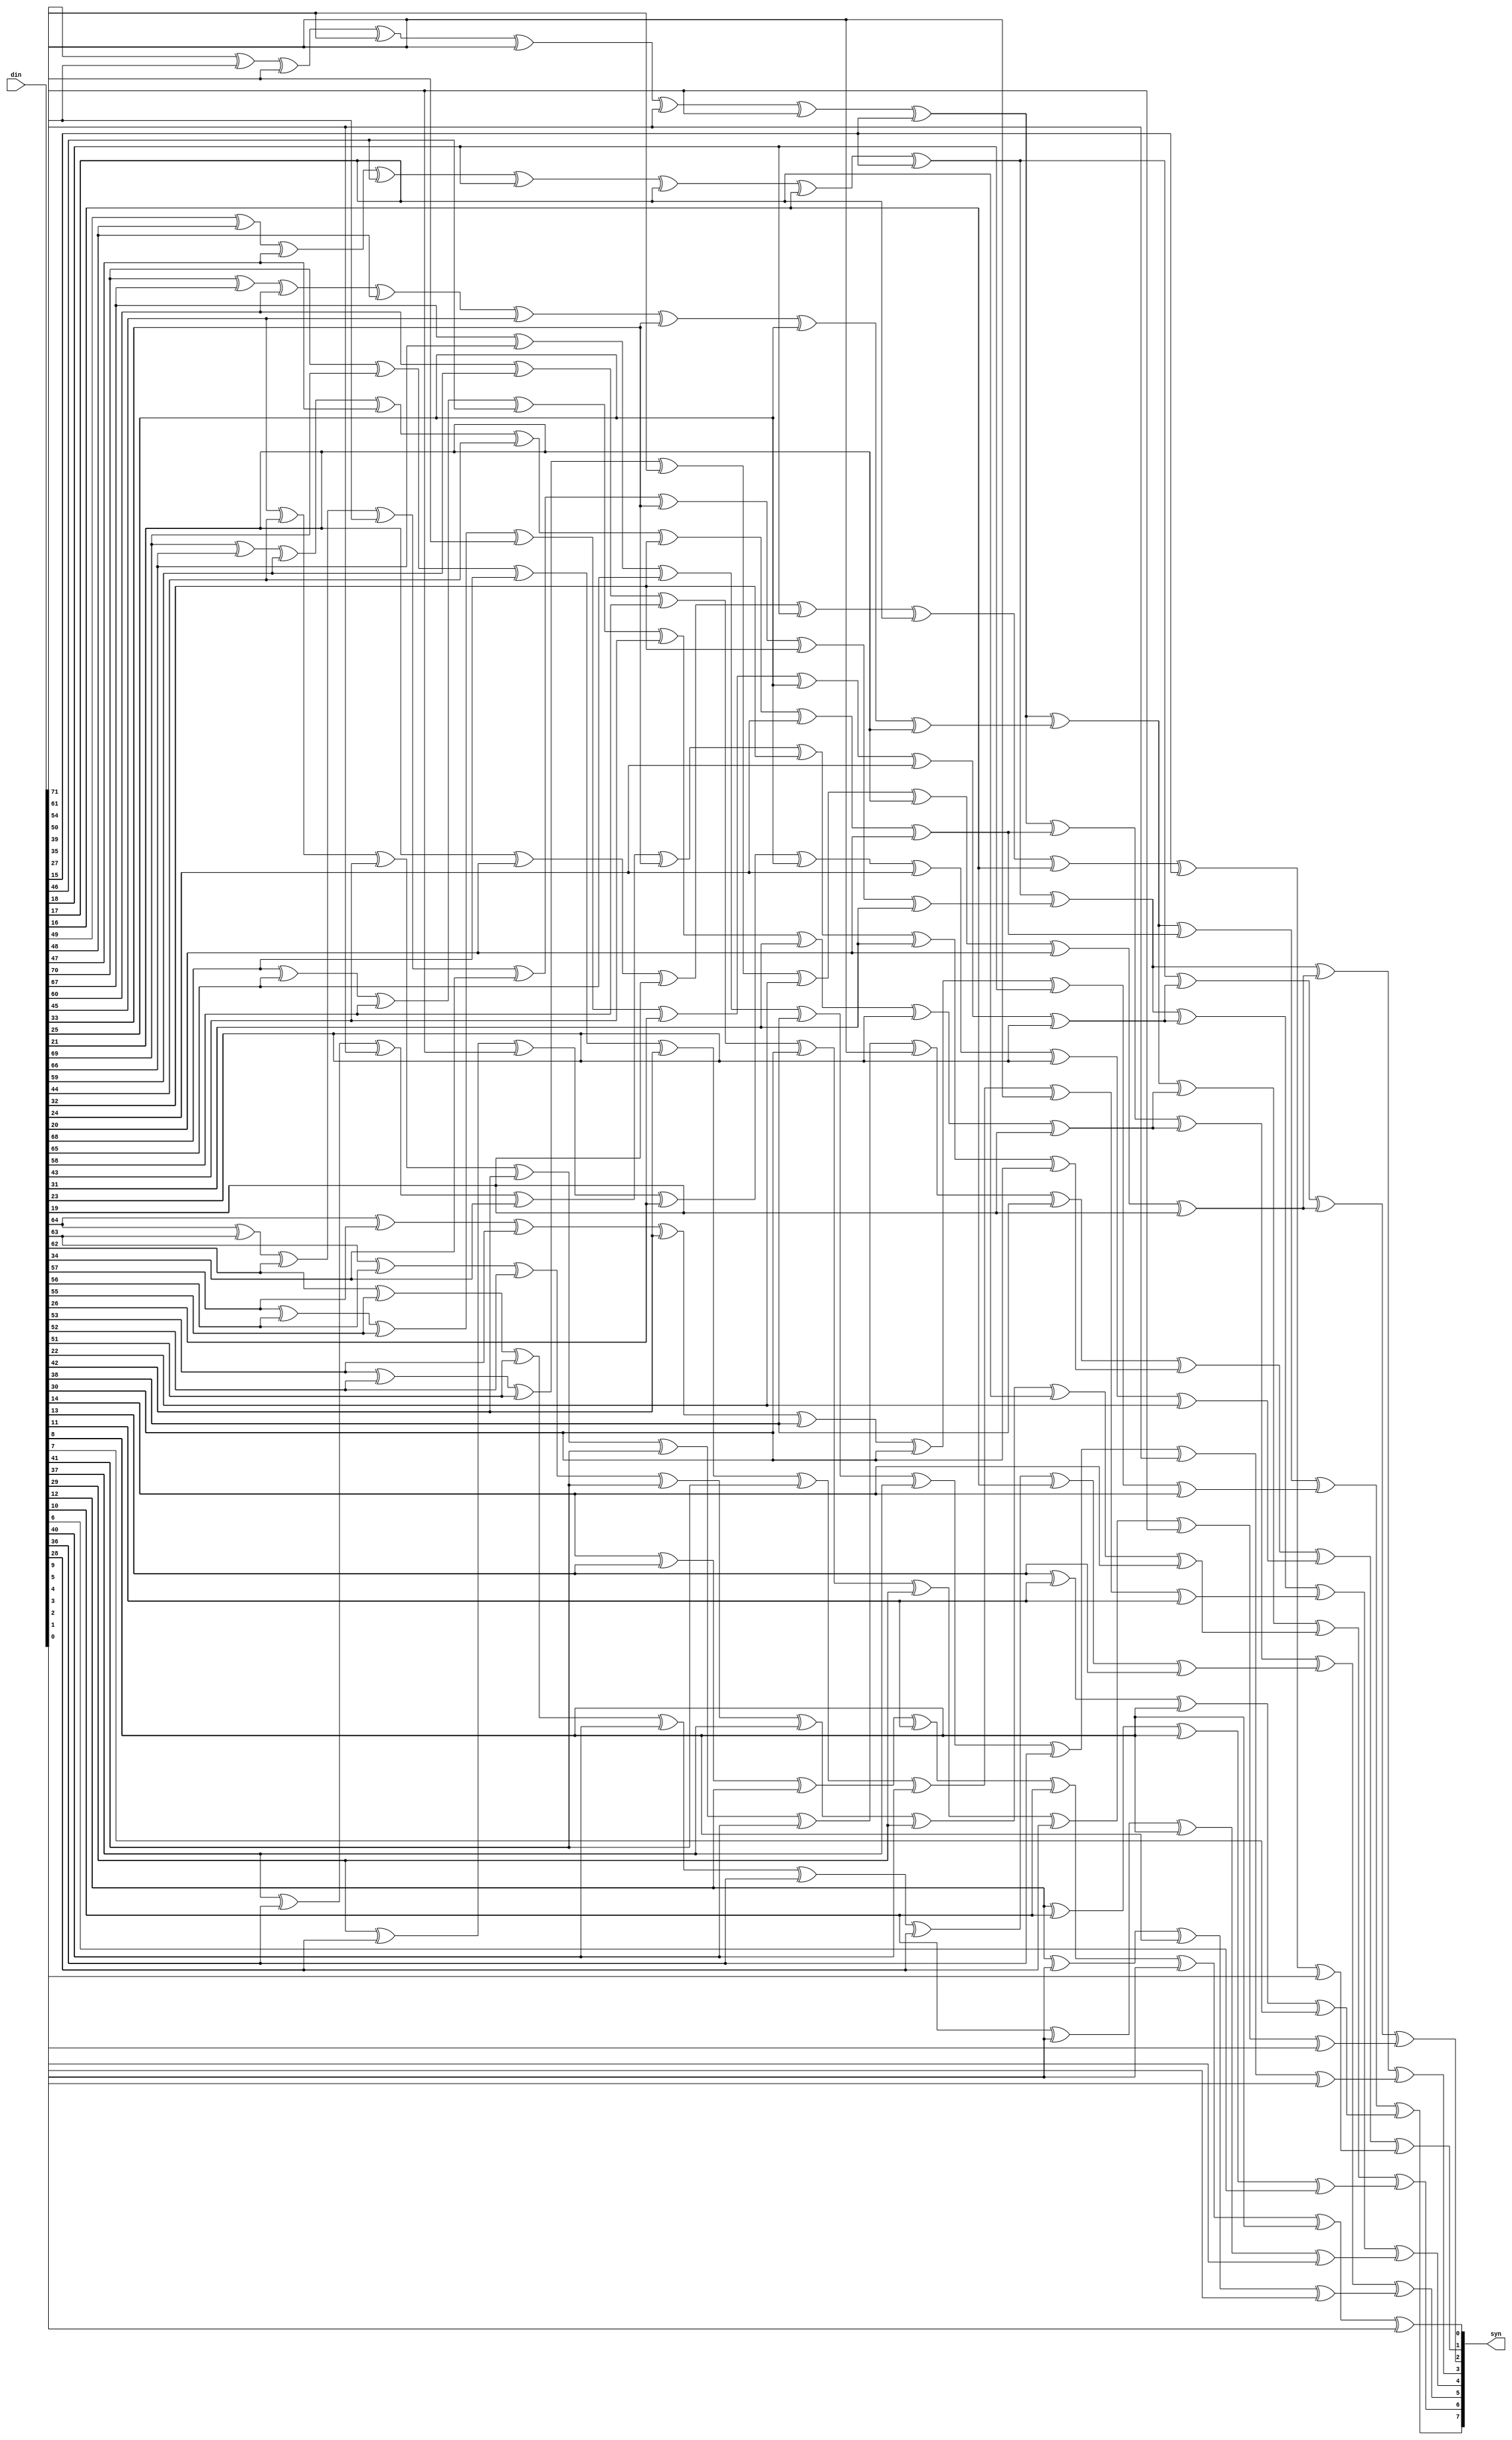
//  IBM Corp. 2020
// Licensed under the Apache License, Version 2.0 (the "License"), as modified by
// the terms below; you may not use the files in this repository except in
// compliance with the License as modified.
// You may obtain a copy of the License at http://www.apache.org/licenses/LICENSE-2.0
//
// Modified Terms:
//
//    1) For the purpose of the patent license granted to you in Section 3 of the
//    License, the "Work" hereby includes implementations of the work of authorship
//    in physical form.
//
//    2) Notwithstanding any terms to the contrary in the License, any licenses
//    necessary for implementation of the Work that are available from OpenPOWER
//    via the Power ISA End User License Agreement (EULA) are explicitly excluded
//    hereunder, and may be obtained from OpenPOWER under the terms and conditions
//    of the EULA.  
//
// Unless required by applicable law or agreed to in writing, the reference design
// distributed under the License is distributed on an "AS IS" BASIS, WITHOUT
// WARRANTIES OR CONDITIONS OF ANY KIND, either express or implied. See the License
// for the specific language governing permissions and limitations under the License.
// 
// Additional rights, including the ability to physically implement a softcore that
// is compliant with the required sections of the Power ISA Specification, are
// available at no cost under the terms of the OpenPOWER Power ISA EULA, which can be
// obtained (along with the Power ISA) here: https://openpowerfoundation.org. 

`timescale 1 ns / 1 ns

//  Description:  XU ECC Generation Macro
//
//*****************************************************************************

module tri_eccgen(
   din,
   syn
);
   parameter                        REGSIZE = 64;
   input [0:REGSIZE+8-(64/REGSIZE)] din;
   output [0:8-(64/REGSIZE)]        syn;

      generate		// syndrome bits inverted
         if (REGSIZE == 64)
         begin : ecc64
            wire [0:71]                       e;
            wire [0:22]                       l1term;

            // ====================================================================
            // 64 data bits, 8 check bits
            // single bit error correction, double bit error detection
            // ====================================================================
            //                        ecc matrix description
            // ====================================================================
            // syn 0   111011010011101001100101101101001100101101001011001101001110100110000000
            // syn 1   110110101011010101010101011010101010101010101010101010101101010101000000
            // syn 2   101101100110110011001100110110011001100110011001100110011011001100100000
            // syn 3   011100011110001111000011110001111000011110000111100001111000111100010000
            // syn 4   000011111110000000111111110000000111111110000000011111111000000000001000
            // syn 5   000000000001111111111111110000000000000001111111111111111000000000000100
            // syn 6   000000000000000000000000001111111111111111111111111111111000000000000010
            // syn 7   000000000000000000000000000000000000000000000000000000000111111100000001

            assign e[0:71] = din[0:71];

            assign l1term[0]  = e[0] ^ e[10] ^ e[17] ^ e[21] ^ e[32] ^ e[36] ^ e[44] ^ e[56];
            assign l1term[1]  = e[22] ^ e[23] ^ e[24] ^ e[25] ^ e[53] ^ e[54] ^ e[55] ^ e[56];
            assign l1term[2]  = e[1] ^ e[4] ^ e[11] ^ e[23] ^ e[26] ^ e[38] ^ e[46] ^ e[50];
            assign l1term[3]  = e[2] ^ e[5] ^ e[12] ^ e[24] ^ e[27] ^ e[39] ^ e[47] ^ e[51];
            assign l1term[4]  = e[3] ^ e[6] ^ e[13] ^ e[25] ^ e[28] ^ e[40] ^ e[48] ^ e[52];
            assign l1term[5]  = e[7] ^ e[8] ^ e[9] ^ e[10] ^ e[37] ^ e[38] ^ e[39] ^ e[40];
            assign l1term[6]  = e[14] ^ e[15] ^ e[16] ^ e[17] ^ e[45] ^ e[46] ^ e[47] ^ e[48];
            assign l1term[7]  = e[18] ^ e[19] ^ e[20] ^ e[21] ^ e[49] ^ e[50] ^ e[51] ^ e[52];
            assign l1term[8]  = e[7] ^ e[14] ^ e[18] ^ e[29] ^ e[33] ^ e[41] ^ e[53] ^ e[57];
            assign l1term[9]  = e[58] ^ e[60] ^ e[63] ^ e[64];
            assign l1term[10] = e[8] ^ e[15] ^ e[19] ^ e[30] ^ e[34] ^ e[42] ^ e[54] ^ e[57];
            assign l1term[11] = e[59] ^ e[61] ^ e[63] ^ e[65];
            assign l1term[12] = e[9] ^ e[16] ^ e[20] ^ e[31] ^ e[35] ^ e[43] ^ e[55] ^ e[58];
            assign l1term[13] = e[59] ^ e[62] ^ e[63] ^ e[66];
            assign l1term[14] = e[1] ^ e[2] ^ e[3] ^ e[29] ^ e[30] ^ e[31] ^ e[32] ^ e[60];
            assign l1term[15] = e[61] ^ e[62] ^ e[63] ^ e[67];
            assign l1term[16] = e[4] ^ e[5] ^ e[6] ^ e[33] ^ e[34] ^ e[35] ^ e[36] ^ e[68];
            assign l1term[17] = e[11] ^ e[12] ^ e[13] ^ e[41] ^ e[42] ^ e[43] ^ e[44] ^ e[69];
            assign l1term[18] = e[26] ^ e[27] ^ e[28] ^ e[29] ^ e[30] ^ e[31] ^ e[32] ^ e[33];
            assign l1term[19] = e[34] ^ e[35] ^ e[36] ^ e[37] ^ e[38] ^ e[39] ^ e[40] ^ e[41];
            assign l1term[20] = e[42] ^ e[43] ^ e[44] ^ e[45] ^ e[46] ^ e[47] ^ e[48] ^ e[49];
            assign l1term[21] = e[50] ^ e[51] ^ e[52] ^ e[53] ^ e[54] ^ e[55] ^ e[56] ^ e[70];
            assign l1term[22] = e[57] ^ e[58] ^ e[59] ^ e[60] ^ e[61] ^ e[62] ^ e[63] ^ e[71];
            assign syn[0] = l1term[0] ^ l1term[2] ^ l1term[3] ^ l1term[8] ^ l1term[9];
            assign syn[1] = l1term[0] ^ l1term[2] ^ l1term[4] ^ l1term[10] ^ l1term[11];
            assign syn[2] = l1term[0] ^ l1term[3] ^ l1term[4] ^ l1term[12] ^ l1term[13];
            assign syn[3] = l1term[1] ^ l1term[5] ^ l1term[6] ^ l1term[14] ^ l1term[15];
            assign syn[4] = l1term[1] ^ l1term[5] ^ l1term[7] ^ l1term[16];
            assign syn[5] = l1term[1] ^ l1term[6] ^ l1term[7] ^ l1term[17];
            assign syn[6] = l1term[18] ^ l1term[19] ^ l1term[20] ^ l1term[21];
            assign syn[7] = l1term[22];
         end
      endgenerate

      generate		// syndrome bits inverted
         if (REGSIZE == 32)
         begin : ecc32
            wire [0:38]                       e;
            wire [0:13]                       l1term;

            // ====================================================================
            // 32 Data Bits, 7 Check bits
            // Single bit error correction, Double bit error detection
            // ====================================================================
            //                        ECC Matrix Description
            // ====================================================================
            // Syn 0   111011010011101001100101101101001000000
            // Syn 1   110110101011010101010101011010100100000
            // Syn 2   101101100110110011001100110110010010000
            // Syn 3   011100011110001111000011110001110001000
            // Syn 4   000011111110000000111111110000000000100
            // Syn 5   000000000001111111111111110000000000010
            // Syn 6   000000000000000000000000001111110000001

            assign e[0:38] = din[0:38];

            assign l1term[0]  = e[0] ^ e[1] ^ e[4] ^ e[10] ^ e[11] ^ e[17] ^ e[21] ^ e[23];
            assign l1term[1]  = e[2] ^ e[3] ^ e[9] ^ e[10] ^ e[16] ^ e[17] ^ e[24] ^ e[25];
            assign l1term[2]  = e[18] ^ e[19] ^ e[20] ^ e[21] ^ e[22] ^ e[23] ^ e[24] ^ e[25];
            assign l1term[3]  = e[2] ^ e[5] ^ e[7] ^ e[12] ^ e[14] ^ e[18] ^ e[24] ^ e[26];
            assign l1term[4]  = e[27] ^ e[29] ^ e[32];
            assign l1term[5]  = e[3] ^ e[6] ^ e[8] ^ e[13] ^ e[15] ^ e[19] ^ e[25] ^ e[26];
            assign l1term[6]  = e[28] ^ e[30] ^ e[33];
            assign l1term[7]  = e[0] ^ e[5] ^ e[6] ^ e[12] ^ e[13] ^ e[20] ^ e[21] ^ e[27];
            assign l1term[8]  = e[28] ^ e[31] ^ e[34];
            assign l1term[9]  = e[1] ^ e[7] ^ e[8] ^ e[14] ^ e[15] ^ e[22] ^ e[23] ^ e[29];
            assign l1term[10] = e[30] ^ e[31] ^ e[35];
            assign l1term[11] = e[4] ^ e[5] ^ e[6] ^ e[7] ^ e[8] ^ e[9] ^ e[10] ^ e[36];
            assign l1term[12] = e[11] ^ e[12] ^ e[13] ^ e[14] ^ e[15] ^ e[16] ^ e[17] ^ e[37];
            assign l1term[13] = e[26] ^ e[27] ^ e[28] ^ e[29] ^ e[30] ^ e[31] ^ e[38];
            assign syn[0] = l1term[0] ^ l1term[3] ^ l1term[4];
            assign syn[1] = l1term[0] ^ l1term[5] ^ l1term[6];
            assign syn[2] = l1term[1] ^ l1term[7] ^ l1term[8];
            assign syn[3] = l1term[1] ^ l1term[9] ^ l1term[10];
            assign syn[4] = l1term[2] ^ l1term[11];
            assign syn[5] = l1term[2] ^ l1term[12];
            assign syn[6] = l1term[13];
         end
      endgenerate
endmodule